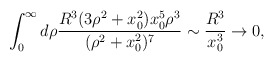
\begin{align*}\int_0^\infty d\rho {R^3 (3\rho^2+x_0^2)x_0^5\rho^3\over(\rho^2+x_0^2)^7}\sim{R^3\over x_0^3}\rightarrow 0,\end{align*}